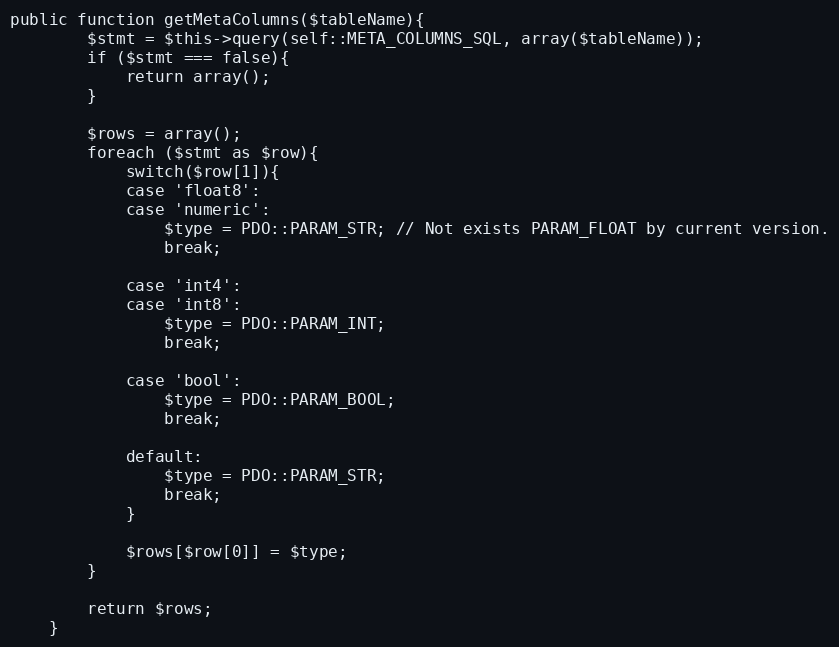
Language: PHP
public function getMetaColumns($tableName){
        $stmt = $this->query(self::META_COLUMNS_SQL, array($tableName));
        if ($stmt === false){
            return array();
        }

        $rows = array();
        foreach ($stmt as $row){
            switch($row[1]){
            case 'float8':
            case 'numeric':
                $type = PDO::PARAM_STR; // Not exists PARAM_FLOAT by current version.
                break;

            case 'int4':
            case 'int8':
                $type = PDO::PARAM_INT;
                break;

            case 'bool':
                $type = PDO::PARAM_BOOL;
                break;

            default:
                $type = PDO::PARAM_STR;
                break;
            }

            $rows[$row[0]] = $type;
        }

        return $rows;
    }